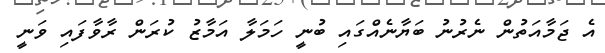
އެ ޖަމާއަތުން ނެރުނު ބަޔާނެއްގައި ބުނީ ހަމަލާ އަމާޒު ކުރަން ރާވާފައި ވަނީ